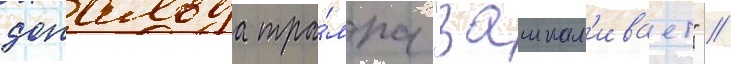
дональда тра́мпа "зашкал'ивает" //